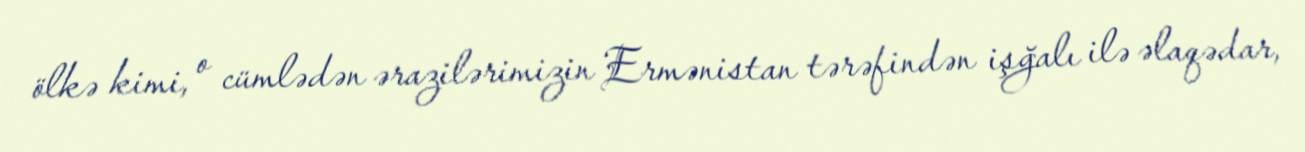
ölkə kimi, o cümlədən ərazilərimizin Ermənistan tərəfindən işğalı ilə əlaqədar,